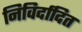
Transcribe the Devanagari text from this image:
निविर्दादित